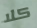
كلا